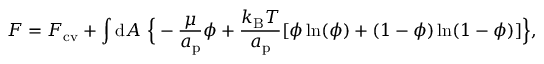
F = F _ { \mathrm { c v } } + \int { \mathrm { d } } A \ \Big \{ - \frac { \mu } { a _ { \mathrm { p } } } \phi + \frac { k _ { \mathrm { B } } T } { a _ { \mathrm { p } } } [ \phi \ln ( \phi ) + ( 1 - \phi ) \ln ( 1 - \phi ) ] \Big \} ,